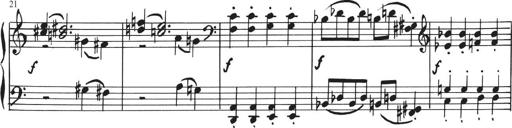
Title: Sonatina in E major
Composer: Paul von Klenau
Key: E major